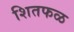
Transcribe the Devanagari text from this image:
शितफळ